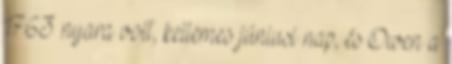
1763 nyara volt, kellemes júniusi nap, és Owen a